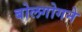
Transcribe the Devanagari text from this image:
बोलगोगने